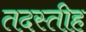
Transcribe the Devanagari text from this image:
तदस्तीह